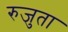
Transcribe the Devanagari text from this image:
रुजुता